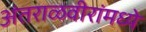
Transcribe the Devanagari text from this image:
अंतराळवीरांमध्ये